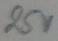
Text: 25V